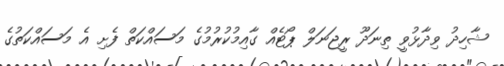
ޝާހިދު ވިދާޅުވީ ތިނަދޫ ރީޖަނަލް ޕޯޓެއް ގާއިމުކުރުމުގެ މަސައްކަތް ފެށި އެ މަސައްކަތުގެ